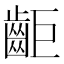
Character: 䶙